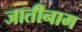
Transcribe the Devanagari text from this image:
जातीनाम